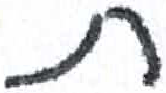
אות: ת